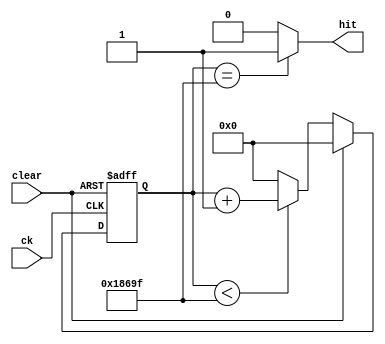
`timescale 1ns / 1ps
//////////////////////////////////////////////////////////////////////////////////
// Company: 
// Engineer: 
// 
// Design Name: 
// Module Name: counterDebouncer
// Project Name: 
// Target Devices: 
// Tool Versions: 
// Description: 
// 
// Dependencies: 
// 
// Revision:
// Revision 0.01 - File Created
// Additional Comments:
// 
//////////////////////////////////////////////////////////////////////////////////


module counterDebouncer( input ck, clear, output hit);
reg [16:0] count,countNext;
always @(posedge ck, posedge clear)
   if(clear)  count<=0;
   else count <= countNext;

always @(count,clear)
 if(clear) countNext=0;
 else if(count<99999) countNext=count+1;
 else countNext=0;
 assign hit= count==99999?1:0;
   
     
endmodule